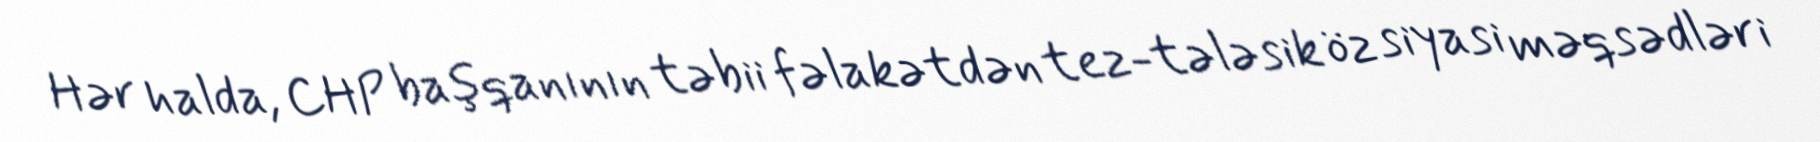
Hər halda, CHP başqanının təbii fəlakətdən tez-tələsik öz siyasi məqsədləri